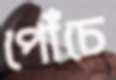
পোঁচে